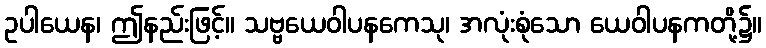
ဥပါယေန၊ ဤနည်းဖြင့်။ သဗ္ဗယေဝါပနကေသု၊ အလုံးစုံသော ယေဝါပနကတို့၌။